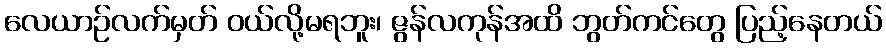
လေယာဉ်လက်မှတ် ဝယ်လို့မရဘူး၊ ဇွန်လကုန်အထိ ဘွတ်ကင်တွေ ပြည့်နေတယ်